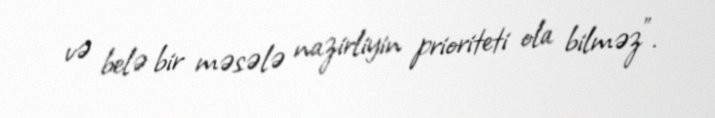
və belə bir məsələ nazirliyin prioriteti ola bilməz".